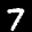
Label: 7